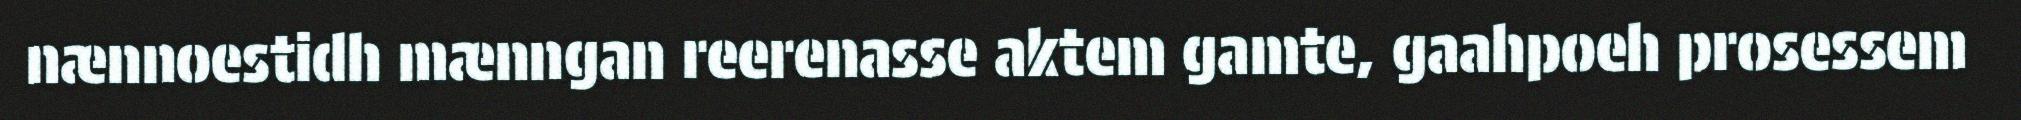
nænnoestidh mænngan reerenasse aktem gamte, gaahpoeh prosessem